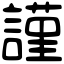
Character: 𧫴